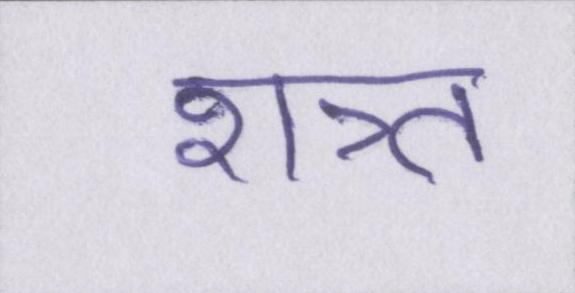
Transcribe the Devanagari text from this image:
शत्र्त